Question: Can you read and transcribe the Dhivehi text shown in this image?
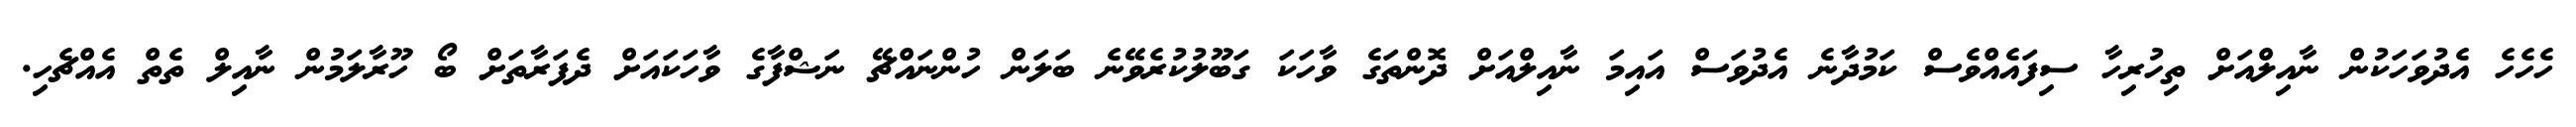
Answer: ހެހެހެ އެދުވަހަކުން ނާއިލްއަށް ތިހުރިހާ ސިފައެއްވެސް ކަމުދާނެ އެދުވަސް އައިމަ ނާއިލްއަށް ދޮންތަގެ ވާހަކަ ގަބޫލުކުރެވޭނެ ބަލަން ހުންނައްޗޭ ނަޝްފާގެ ވާހަކައަށް ދެފަރާތަށް ބޯ ހޫރާލަމުން ނާއިލް ތެތް އެއްޗެހި.